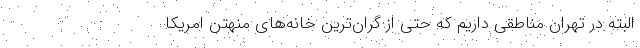
البته در تهران مناطقی داریم که حتی از گران‌ترین خانه‌های منهتن امریکا